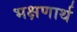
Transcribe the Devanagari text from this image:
भक्षणार्थ